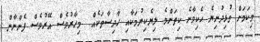
މިކަމަށް މުޅިދުނިޔެ ހެކިވާނެ ކިތަންމެ ލިޔެކިޔުމަކާއި ހާދިސާތަކެއް  މިހާރުވެސް އޭރުވެސް ފެންނާން